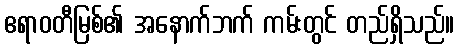
ဧရာဝတီမြစ်၏ အနောက်ဘက် ကမ်းတွင် တည်ရှိသည်။